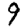
Digit: 9